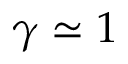
\gamma \simeq 1